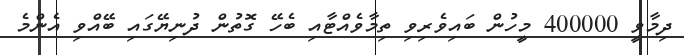
ދިމާވީ 400000 މީހުން ބައިވެރިވި ތިމާވެއްޓާއި ބެހޭ ގޮތުން ދުނިޔޭގައި ބޭއްވި އެންމެ